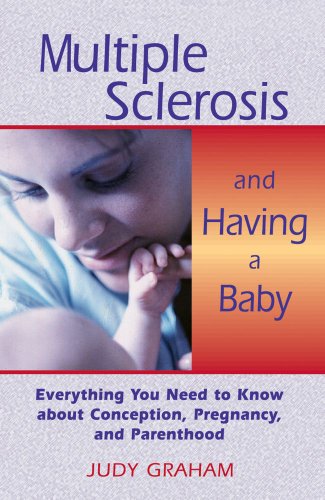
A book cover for Multiple Sclerosis and Having a Baby: Everything You Need to Know about Conception, Pregnancy, and Parenthood; Judy Graham; Parenting & Relationships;